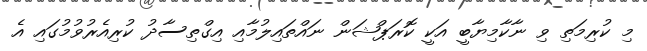
މި ކުރިމަތި ވި ނާކާމިޔާބީ އަކީ ކޮރަޕްޝަން ނައްތައިލުމާއި އިގްތިސާދު ކުރިއެރުވުމުގައި އެ